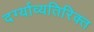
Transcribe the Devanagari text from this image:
दर्ग्याव्यतिरिक्त